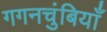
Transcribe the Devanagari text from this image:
गगनचुंबियाँ